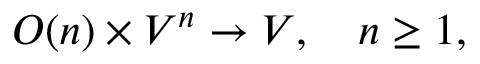
O ( n ) \times V ^ { n } \rightarrow V , \quad n \geq 1 ,